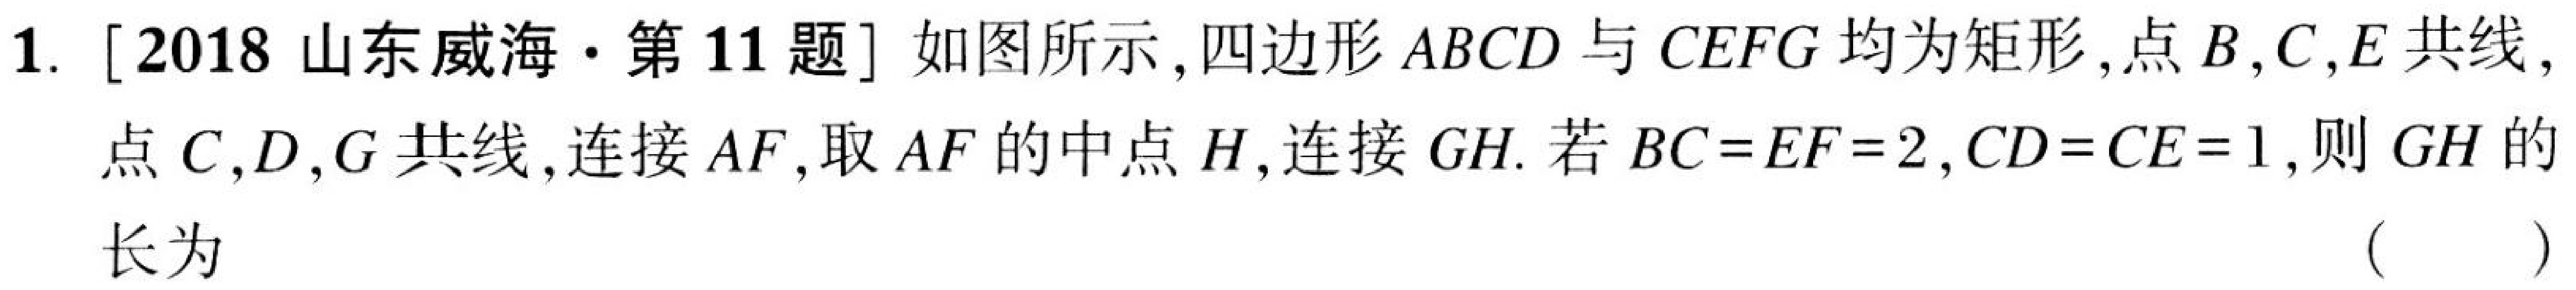
1. [2018山东威海·第11题] 如图所示, 四边形 \(ABCD\) 与 \(CEFG\) 均为矩形, 点 \(B,C,E\) 共线,
点 \(C,D,G\) 共线, 连接 \(AF\), 取 \(AF\) 的中点 \(H\), 连接 \(GH\). 若 \(BC = EF = 2,CD = CE = 1\), 则 \(GH\) 的
长为 （  ）